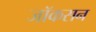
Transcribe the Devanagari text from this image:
जॉकसन